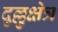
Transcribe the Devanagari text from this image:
दुल्लुक्षेत्र